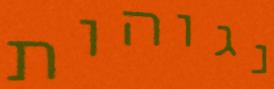
נגוהות